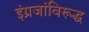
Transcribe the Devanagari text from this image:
इंग्रजांविरूद्ध